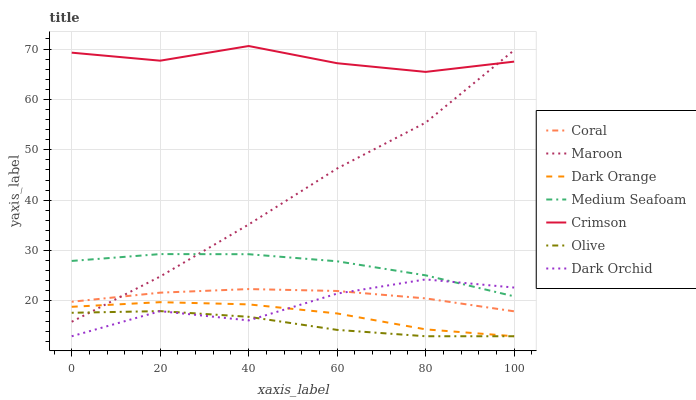
| xaxis_label | Coral | Maroon | Dark Orange | Medium Seafoam | Crimson | Olive | Dark Orchid |
 | --- | --- | --- | --- | --- | --- | --- | --- |
 | 0 | 19.8 | 15.9 | 18.8 | 27.9 | 69.3 | 17.7 | 13 |
 | 20 | 21.6 | 24.9 | 19.8 | 29.3 | 67.7 | 18 | 18 |
 | 40 | 22.4 | 35.2 | 19.3 | 29.3 | 70.6 | 16.9 | 16.1 |
 | 60 | 22 | 46.3 | 17.5 | 27.9 | 67.2 | 14.3 | 21.5 |
 | 80 | 20.5 | 55.4 | 14.4 | 25.1 | 65.5 | 13 | 24.3 |
 | 100 | 17.9 | 69.8 | 13 | 20.9 | 67.5 | 13 | 22.7 |